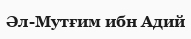
Әл-Мутғим ибн Адий